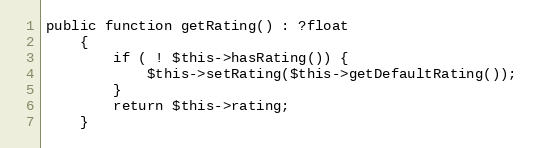
Language: PHP
public function getRating() : ?float
    {
        if ( ! $this->hasRating()) {
            $this->setRating($this->getDefaultRating());
        }
        return $this->rating;
    }